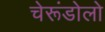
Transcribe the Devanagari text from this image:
चेरूंडोलो